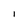
Character: l